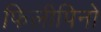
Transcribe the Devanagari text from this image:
फिलीपिनो